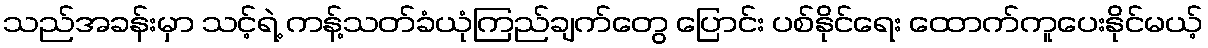
သည်အခန်းမှာ သင့်ရဲ့ ကန့်သတ်ခံယုံကြည်ချက်တွေ ပြောင်း ပစ်နိုင်ရေး ထောက်ကူပေးနိုင်မယ့်